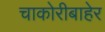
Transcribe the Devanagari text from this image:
चाकोरीबाहेर